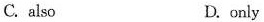
C. also D. only